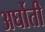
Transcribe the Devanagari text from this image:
अर्घोती